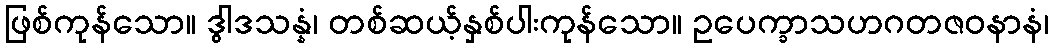
ဖြစ်ကုန်သော။ ဒွါဒသန္နံ၊ တစ်ဆယ့်နှစ်ပါးကုန်သော။ ဥပေက္ခာသဟဂတဇဝနာနံ၊